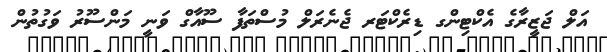
އަލް ޖަޒީރާގެ އެކްޓިންގ ޑިރެކްޓަރ ޖެނެރަލް މުސްތަފާ ސޫއާގް ވަނީ މަންސޫރު ވަގުތުން